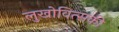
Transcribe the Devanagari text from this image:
लुखोवित्सकी